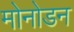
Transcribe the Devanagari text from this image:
मोनोडन